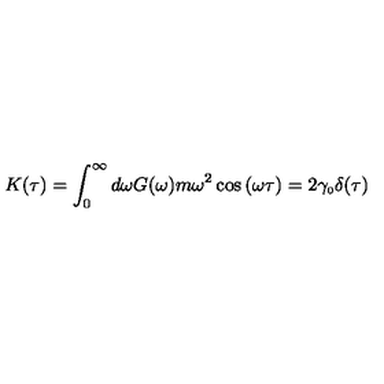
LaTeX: K ( \tau ) = \int _ { 0 } ^ { \infty } d \omega G ( \omega ) m \omega ^ { 2 } \cos { ( \omega \tau ) } = 2 \gamma _ { \scriptscriptstyle 0 } \delta ( \tau )